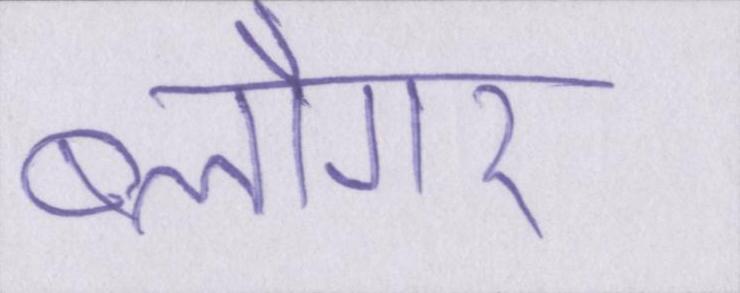
ब्लौगर